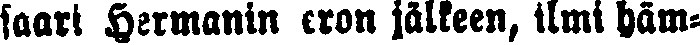
saari Hermanin eron jälkeen, ilmi häm-